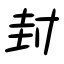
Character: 封